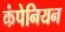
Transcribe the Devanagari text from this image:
कंपेनियन